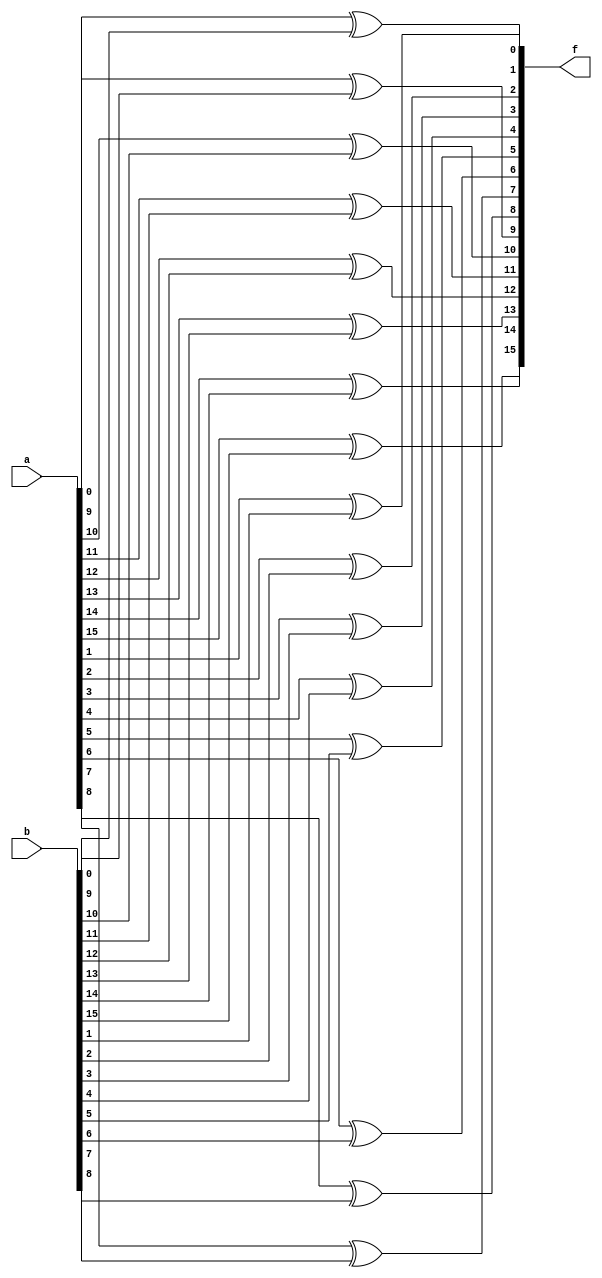

module gen_blok(f,a,b);  
 
 parameter N=16;

 input [N-1:0] a,b;
 output [N-1:0] f;

 genvar p;

 generate for (p=0;p<N;p=p+1)

     begin 
       
       xor xg (f[p],a[p],b[p]);

     end
endgenerate

endmodule
       

module testbench;

reg [15:0]x,y;

wire [15:0]out;

gen_blok g1 (.f(out),.a(x),.b(y));

initial 

   begin 

     $monitor ($time, "out=%b,x=%b,y=%b",out,x,y);

     x=16'h0000;y=16'h0000;

     #10 x=16'h0000; y=16'h1111;
     #10 x=16'hffff; y=16'h0ddd;
     #10 $finish;
     end
endmodule